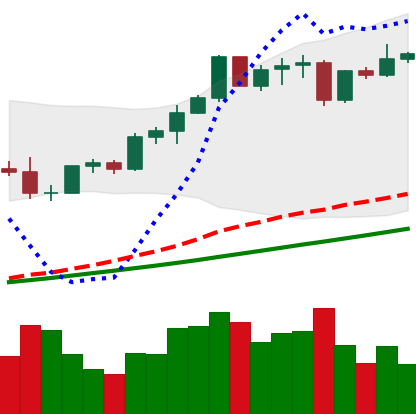
Ticker: ETH-USD
Chart end date: 2021-04-11
Forward return: 12.712%
Label: up_7plus